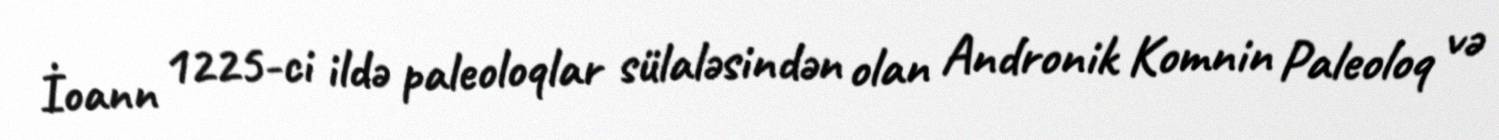
İoann 1225-ci ildə paleoloqlar sülaləsindən olan Andronik Komnin Paleoloq və